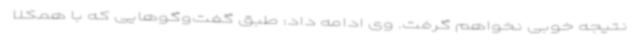
نتیجه خوبی نخواهم گرفت. وی ادامه داد: طبق گفت‌وگوهایی که با همکلا